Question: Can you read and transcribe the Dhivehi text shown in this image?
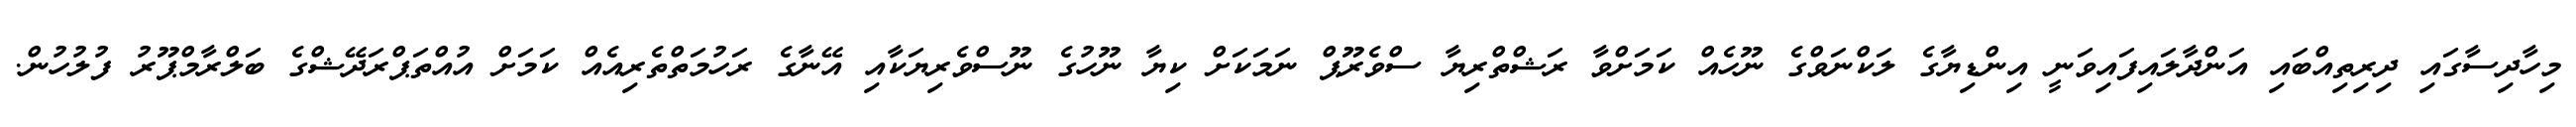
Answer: މިހާދިސާގައި ދިރިތިއްބައި އަންދާލައިފައިވަނީ އިންޑިޔާގެ ލަކްނަވްގެ ނޫހެއް ކަމަށްވާ ރަޝްތްރިޔާ ސްވެރޫޕް ނަމަކަށް ކިޔާ ނޫހުގެ ނޫސްވެރިޔަކާއި އޭނާގެ ރަހުމަތްތެރިއެއް ކަމަށް އުއްތަޕްރަދޭޝްގެ ބަލްރާމްޕޫރު ފުލުހުން.